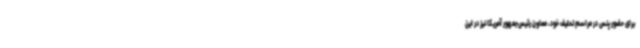
برای حضور پنس در مراسم تحلیف خود، معاون رئیس‌جمهور آمریکا نیز در این